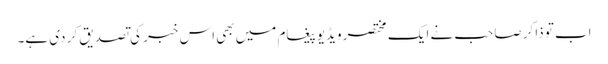
اب تو ذاکر صاحب نے ایک مختصر ویڈیو پیغام میں بھی اس خبر کی تصدیق کر دی ہے۔